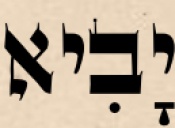
יָבִיא